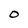
Character: O